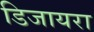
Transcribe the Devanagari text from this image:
डिजायरा